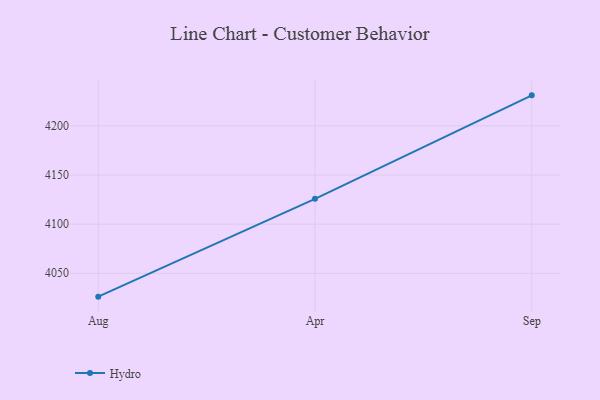
{"axis": {"x": "Month", "y": "Shipments"}, "legend": ["Hydro"], "data": [{"x": "Aug", "y": 4026.2, "type": "Hydro"}, {"x": "Apr", "y": 4125.8, "type": "Hydro"}, {"x": "Sep", "y": 4231.1, "type": "Hydro"}]}